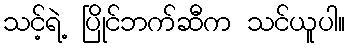
သင့်ရဲ့ ပြိုင်ဘက်ဆီက သင်ယူပါ။